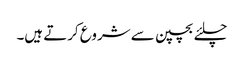
چلئے بچپن سے شروع کرتے ہیں۔